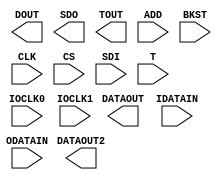
// $Header: /devl/xcs/repo/env/Databases/CAEInterfaces/xec_libs/data/unisims/IODRP2.v,v 1.3 2009/08/22 00:32:34 harikr Exp $
///////////////////////////////////////////////////////////////////////////////
// Copyright (c) 1995/2009 Xilinx, Inc.
// All Right Reserved.
///////////////////////////////////////////////////////////////////////////////
//   ____  ____
//  /   /\/   /
// /___/  \  /    Vendor : Xilinx
// \   \   \/     Version : 11.1i (L.11)
//  \   \         Description : Xilinx Formal Library Component
//  /   /
// /___/   /\     Filename : IODRP2.v
// \   \  /  \    Timestamp :
//  \___\/\___\
//
// Revision:
//    04/28/09 - Initial version.
// End Revision

`timescale 1 ps / 1 ps 

module IODRP2 (
  DATAOUT,
  DATAOUT2,
  DOUT,
  SDO,
  TOUT,
  ADD,
  BKST,
  CLK,
  CS,
  IDATAIN,
  IOCLK0,
  IOCLK1,
  ODATAIN,
  SDI,
  T
);

  parameter DATA_RATE = "SDR";       // "SDR", "DDR"
  parameter integer SIM_TAPDELAY_VALUE = 75; // 10 to 90 inclusive

  output DATAOUT2;
  output DATAOUT;
  output DOUT;
  output SDO;
  output TOUT;

  input ADD;
  input BKST;
  input CLK;
  input CS;
  input IDATAIN;
  input IOCLK0;
  input IOCLK1;
  input ODATAIN;
  input SDI;
  input T;

  endmodule // IODRP2